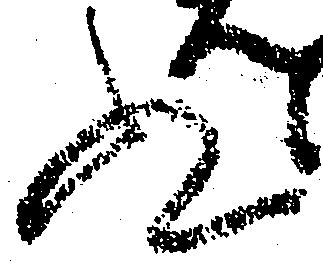
ぬ